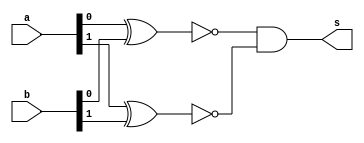
//Exemplo 0036
//Nome: Vitor Angelo Lima

module xnorgate ( output s, input [1:0] a, input [1:0] b );
	wire [1:0] c;
	xnor ( c[0], a[0], b[0] );
	xnor ( c[1], a[1], b[1] );
	and ( s, c[0], c[1] );
endmodule

module test;
	reg [1:0] a;
	reg [1:0] b;
	reg c;
	wire d;
	wire e;
	
	xnorgate xn ( d, a, b );
	xor ( e, c, d );
	
	initial begin
		a = 2'b00;
		b = 2'b00;
		c = 0; //chave igual
		#1 $display ( e );
		c = 1; //chave diferente
		#1 $display ( e );
	end
endmodule